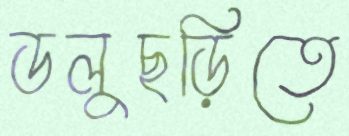
ডলুছড়িতে